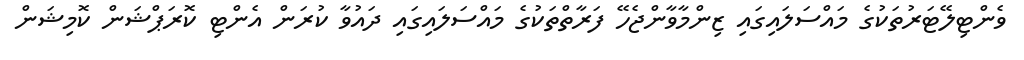
ވެންޓިލޭޓަރުތަކުގެ މައްސަލައިގައި ޒިންމާވާންޖެހޭ ފަރާތްތަކުގެ މައްސަލައިގައި ދައުވާ ކުރަން އެންޓި ކޮރަޕްޝަން ކޮމިޝަން